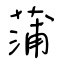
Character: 蒲